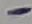
Text: -